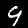
Digit: 9